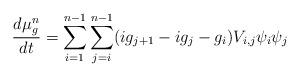
LaTeX: \begin{align*}\frac{d\mu_g^n}{dt} = \sum_{i=1}^{n-1}\sum_{j=i}^{n-1}(ig_{j+1}-ig_j-g_i)V_{i,j}\psi_i\psi_j \end{align*}